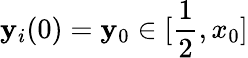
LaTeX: \mathbf{y}_{i}(0)=\mathbf{y}_{0}\in[\frac{{1}}{{2}},x_{0}]